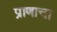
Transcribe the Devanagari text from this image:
प्राणाचा